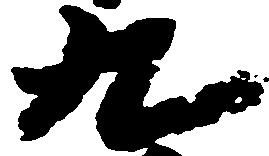
九